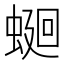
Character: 𧍚